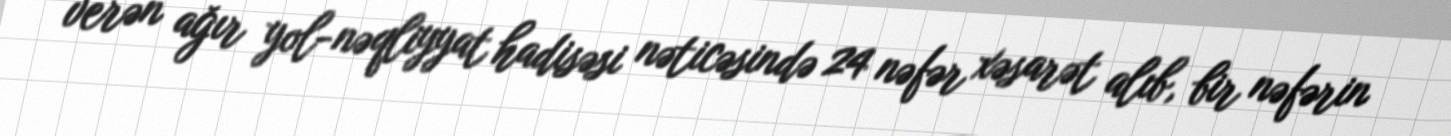
verən ağır yol-nəqliyyat hadisəsi nəticəsində 24 nəfər xəsarət alıb, bir nəfərin